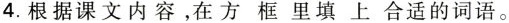
4.根据课文内容，在方框里填上合适的词语。